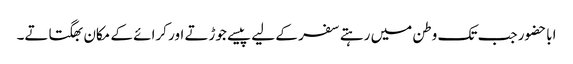
اباحضور جب تک وطن میں رہتے سفر کے لیے پیسے جوڑتے اور کرائے کے مکان بھگتاتے۔